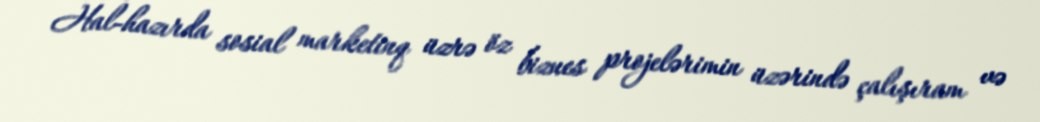
Hal-hazırda sosial marketinq üzrə öz biznes projelərimin üzərində çalışıram və